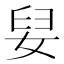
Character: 𮱅